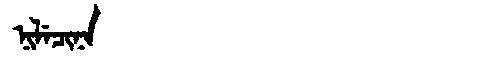
Manchu: ᠨᡳᠯᡝᠴᡳᠨᠠ
Romanization: NILECINA